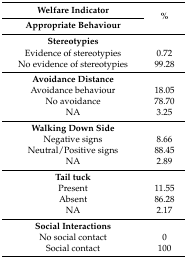
| Welfare Indicator | <ROWSPAN=2> % |
 | Appropriate Behaviour |
 | --- | --- |
 | Stereotypies |  |
 | Evidence of stereotypies | 0.72 |
 | No evidence of stereotypies | 99.28 |
 | Avoidance Distance |  |
 | Avoidance behaviour | 18.05 |
 | No avoidance | 78.70 |
 | NA | 3.25 |
 | Walking Down Side |  |
 | Negative signs | 8.66 |
 | Neutral/Positive signs | 88.45 |
 | NA | 2.89 |
 | Tail tuck |  |
 | Present | 11.55 |
 | Absent | 86.28 |
 | NA | 2.17 |
 | Social Interactions |  |
 | No social contact | 0 |
 | Social contact | 100 |